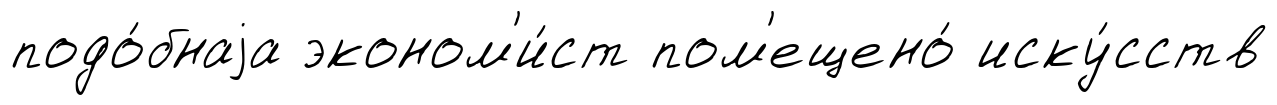
подо́бнаjа эконом'и́ст пом'ещено́ иску́сств